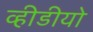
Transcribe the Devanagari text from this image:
व्हीडीयो